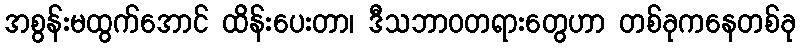
အစွန်းမထွက်အောင် ထိန်းပေးတာ၊ ဒီသဘာဝတရားတွေဟာ တစ်ခုကနေတစ်ခု